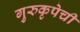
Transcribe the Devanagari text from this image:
गुरुकृपेची